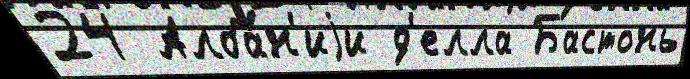
24 Алба́н'иjи д'елла Бастонь